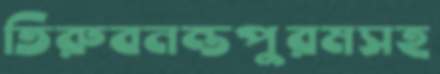
তিরুবনন্তপুরমসহ